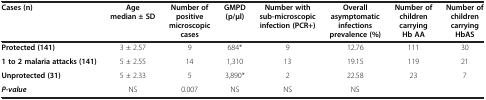
<table><thead><tr><td><b>Cases (n)</b></td><td><b>Age median ± SD</b></td><td><b>Number of positive microscopic cases</b></td><td><b>GMPD (p/μl)</b></td><td><b>Number with sub-microscopic infection (PCR+)</b></td><td><b>Overall asymptomatic infections prevalence (%)</b></td><td><b>Number of children carrying Hb AA</b></td><td><b>Number of children carrying HbAS</b></td></tr></thead><tbody><tr><td><b>Protected (141)</b></td><td>3 ± 2.57</td><td>9</td><td>684*</td><td>9</td><td>12.76</td><td>111</td><td>30</td></tr><tr><td><b>1 to 2 malaria attacks (141)</b></td><td>5 ± 2.55</td><td>14</td><td>1,310</td><td>13</td><td>19.15</td><td>119</td><td>21</td></tr><tr><td><b>Unprotected (31)</b></td><td>5 ± 2.33</td><td>5</td><td>3,890*</td><td>2</td><td>22.58</td><td>23</td><td>7</td></tr><tr><td><b><i>P-value</i></b></td><td>NS</td><td>0.007</td><td>NS</td><td>NS</td><td>NS</td><td> </td><td> </td></tr></tbody></table>